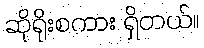
ဆိုရိုးစကား ရှိတယ်။